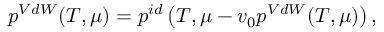
p ^ { V d W } ( T , \mu ) = p ^ { i d } \left( T , \mu - v _ { 0 } p ^ { V d W } ( T , \mu ) \right) ,